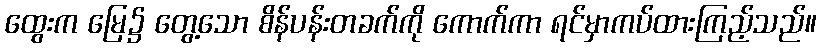
ထွေးက မြေ၌ တွေ့သော စိန်ပန်းတခက်ကို ကောက်ကာ ရင်မှာကပ်ထားကြည့်သည်။